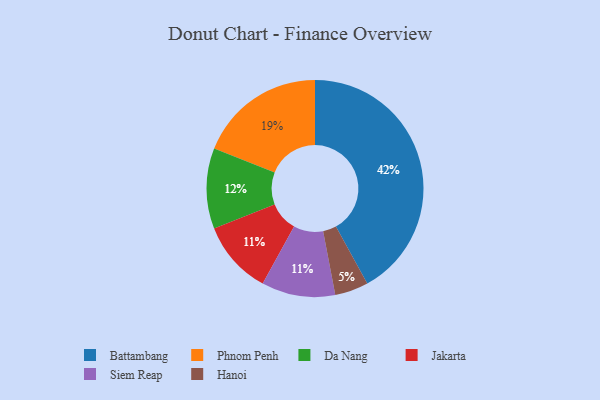
{"axis": {"x": "Category", "y": "Percentage"}, "legend": ["Battambang", "Da Nang", "Hanoi", "Jakarta", "Phnom Penh", "Siem Reap"], "data": [{"x": "Phnom Penh", "y": 19, "type": "Phnom Penh"}, {"x": "Battambang", "y": 42, "type": "Battambang"}, {"x": "Hanoi", "y": 5, "type": "Hanoi"}, {"x": "Jakarta", "y": 11, "type": "Jakarta"}, {"x": "Da Nang", "y": 12, "type": "Da Nang"}, {"x": "Siem Reap", "y": 11, "type": "Siem Reap"}]}